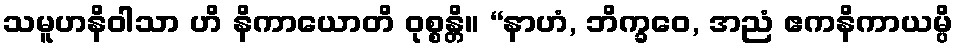
သမူဟနိဝါသာ ဟိ နိကာယောတိ ဝုစ္စန္တိ။ “နာဟံ, ဘိက္ခဝေ, အညံ ဧကနိကာယမ္ပိ